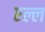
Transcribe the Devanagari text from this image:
एल्ल